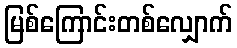
မြစ်ကြောင်းတစ်လျှောက်